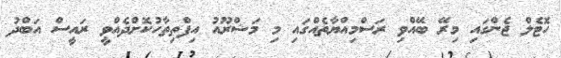
ހޮޓެލް ޖެންގައި މިރޭ ބޭއްވި ރަސްމިއްޔާތެއްގައި މި މަޝްރޫއު އިފްތިތާހުކޮށްދެއްވީ ރައީސް އަބްދު